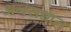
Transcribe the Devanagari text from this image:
अनंसधान